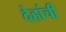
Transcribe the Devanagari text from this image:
देहांची